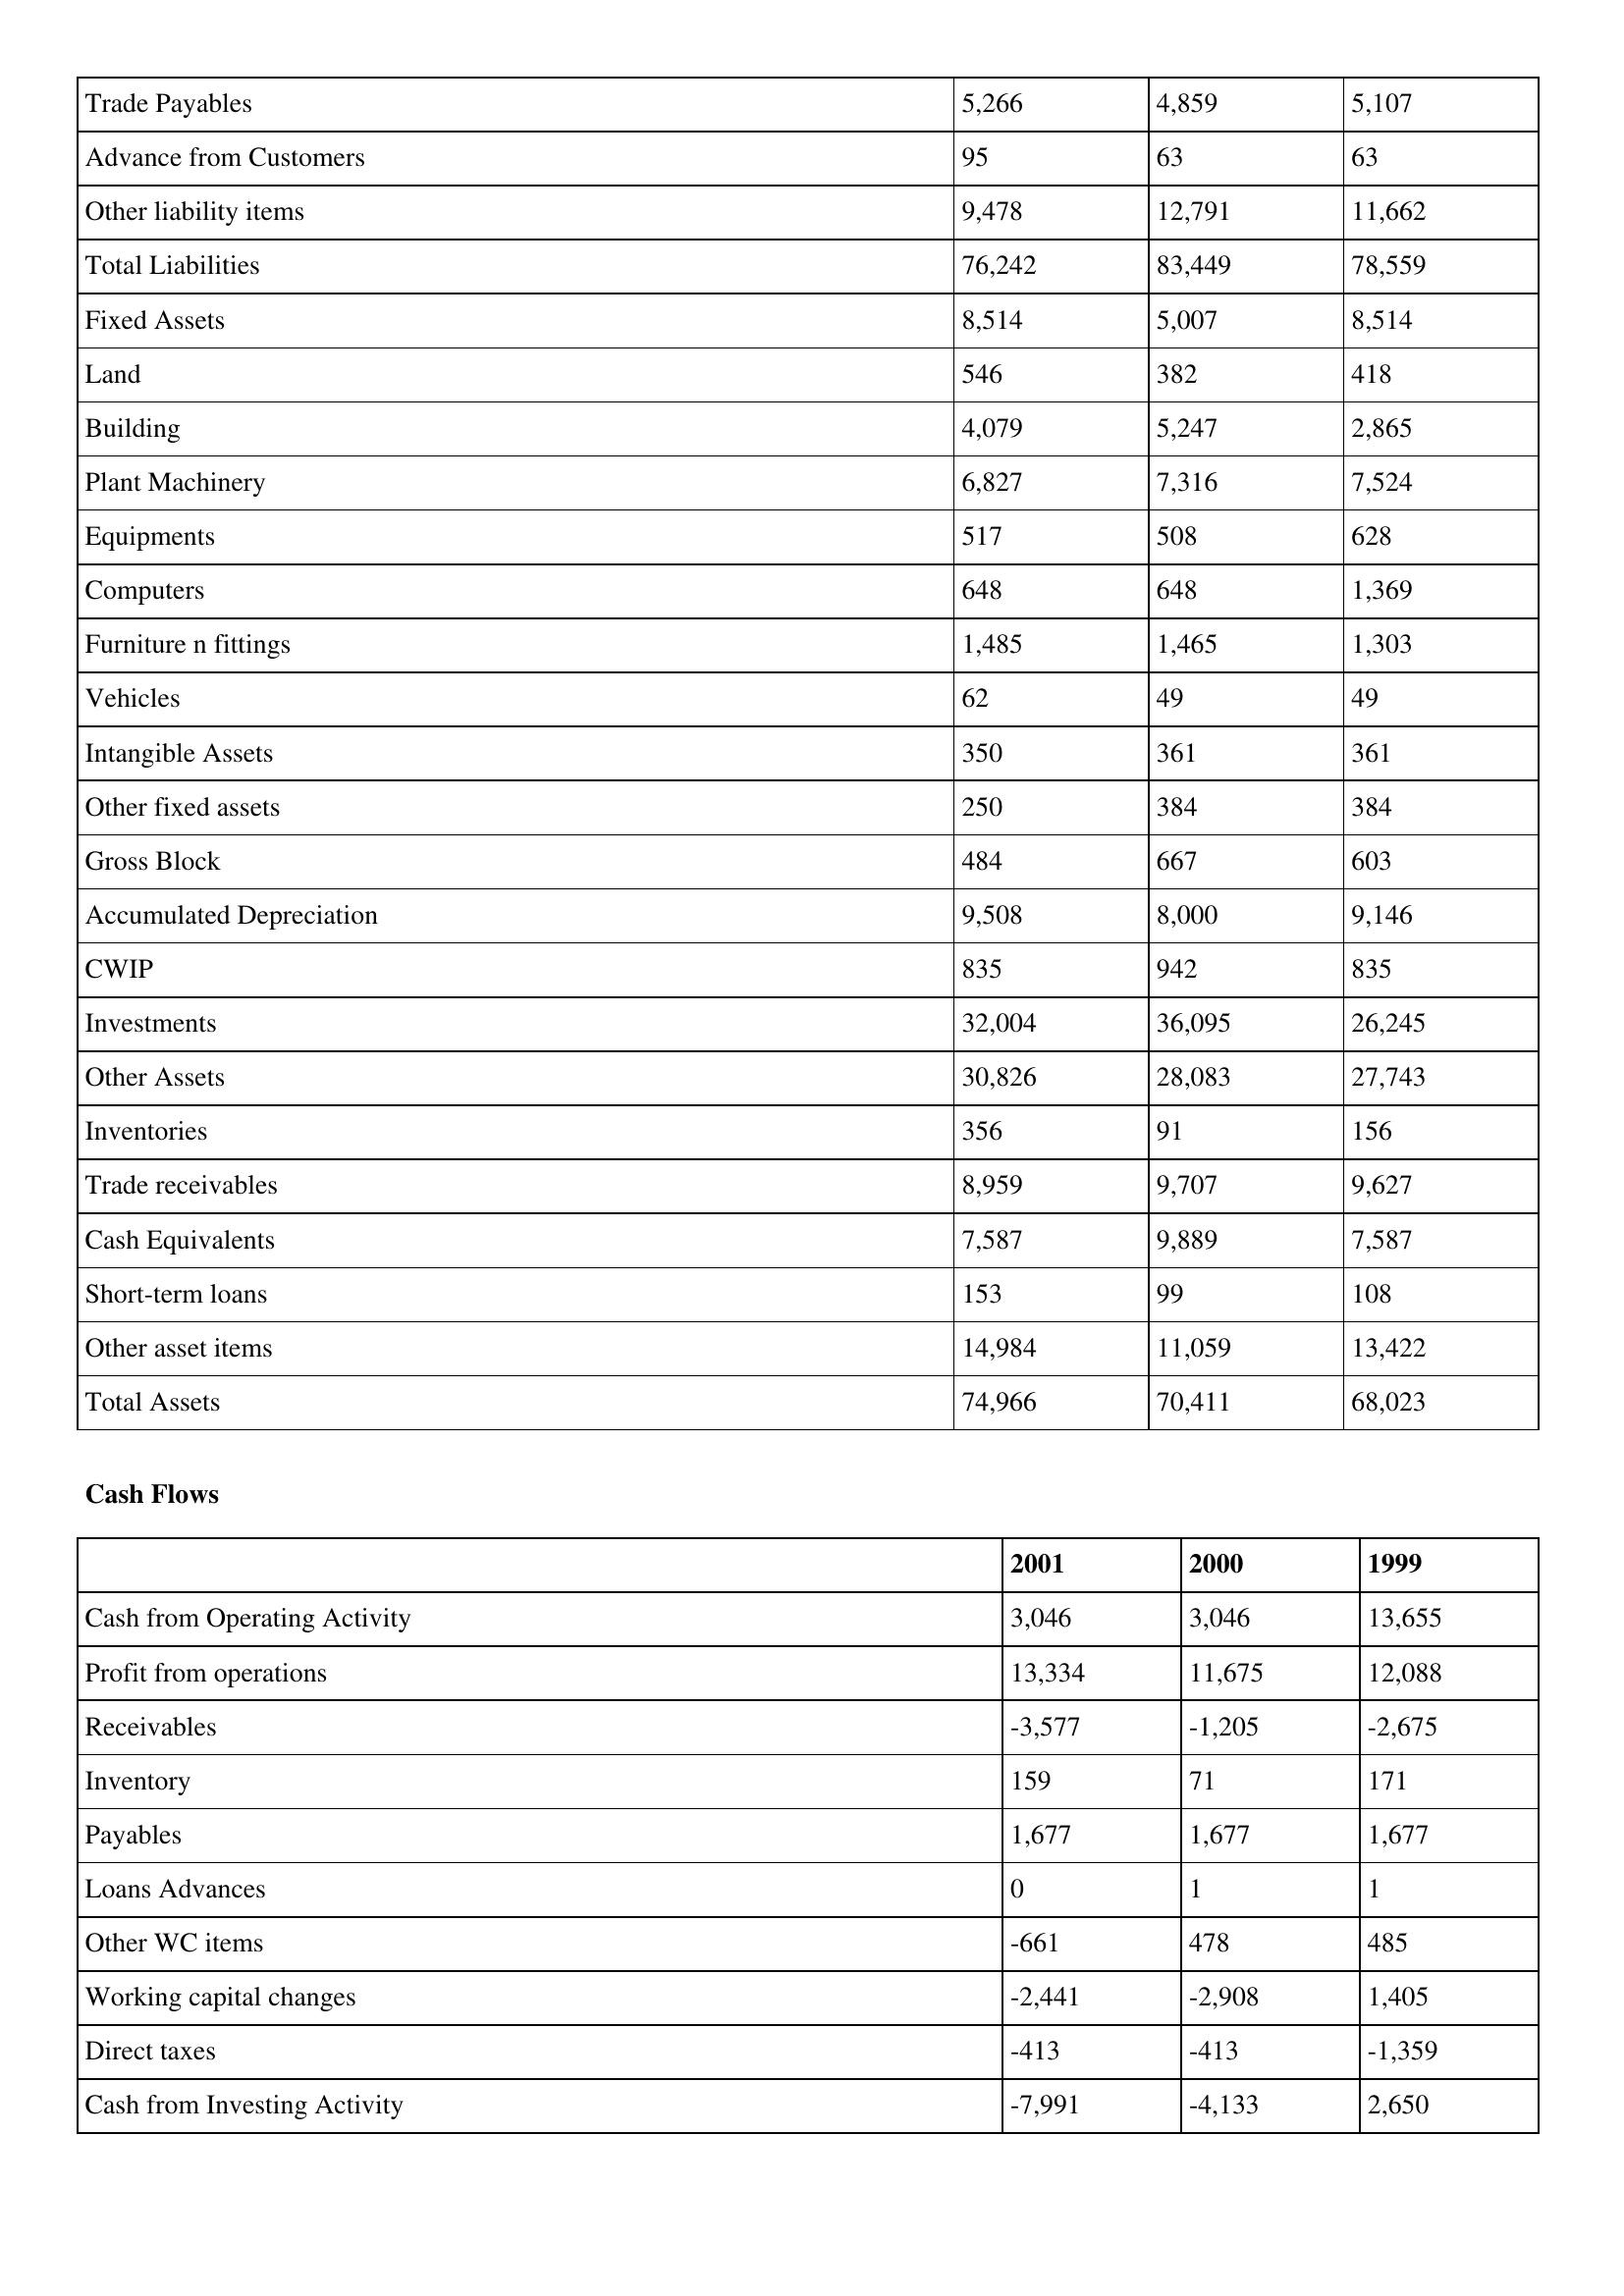
gt_parse: 2001: Balance Sheet: Trade Payables: 5,266
Advance from Customers: 95
Other liability items: 9,478
Total Liabilities: 76,242
Fixed Assets: 8,514
Land: 546
Building: 4,079
Plant Machinery: 6,827
Equipments: 517
Computers: 648
Furniture n fittings: 1,485
Vehicles: 62
Intangible Assets: 350
Other fixed assets: 250
Gross Block: 484
Accumulated Depreciation: 9,508
CWIP: 835
Investments: 32,004
Other Assets: 30,826
Inventories: 356
Trade receivables: 8,959
Cash Equivalents: 7,587
Short-term loans: 153
Other asset items: 14,984
Total Assets: 74,966
Cash Flows: Cash from Operating Activity: 3,046
Profit from operations: 13,334
Receivables: -3,577
Inventory: 159
Payables: 1,677
Loans Advances: 0
Other WC items: -661
Working capital changes: -2,441
Direct taxes: -413
Cash from Investing Activity: -7,991
2000: Balance Sheet: Trade Payables: 4,859
Advance from Customers: 63
Other liability items: 12,791
Total Liabilities: 83,449
Fixed Assets: 5,007
Land: 382
Building: 5,247
Plant Machinery: 7,316
Equipments: 508
Computers: 648
Furniture n fittings: 1,465
Vehicles: 49
Intangible Assets: 361
Other fixed assets: 384
Gross Block: 667
Accumulated Depreciation: 8,000
CWIP: 942
Investments: 36,095
Other Assets: 28,083
Inventories: 91
Trade receivables: 9,707
Cash Equivalents: 9,889
Short-term loans: 99
Other asset items: 11,059
Total Assets: 70,411
Cash Flows: Cash from Operating Activity: 3,046
Profit from operations: 11,675
Receivables: -1,205
Inventory: 71
Payables: 1,677
Loans Advances: 1
Other WC items: 478
Working capital changes: -2,908
Direct taxes: -413
Cash from Investing Activity: -4,133
1999: Balance Sheet: Trade Payables: 5,107
Advance from Customers: 63
Other liability items: 11,662
Total Liabilities: 78,559
Fixed Assets: 8,514
Land: 418
Building: 2,865
Plant Machinery: 7,524
Equipments: 628
Computers: 1,369
Furniture n fittings: 1,303
Vehicles: 49
Intangible Assets: 361
Other fixed assets: 384
Gross Block: 603
Accumulated Depreciation: 9,146
CWIP: 835
Investments: 26,245
Other Assets: 27,743
Inventories: 156
Trade receivables: 9,627
Cash Equivalents: 7,587
Short-term loans: 108
Other asset items: 13,422
Total Assets: 68,023
Cash Flows: Cash from Operating Activity: 13,655
Profit from operations: 12,088
Receivables: -2,675
Inventory: 171
Payables: 1,677
Loans Advances: 1
Other WC items: 485
Working capital changes: 1,405
Direct taxes: -1,359
Cash from Investing Activity: 2,650